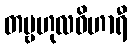
တဗ္ဗဟုလဝိဟာရီ